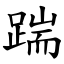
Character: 踹